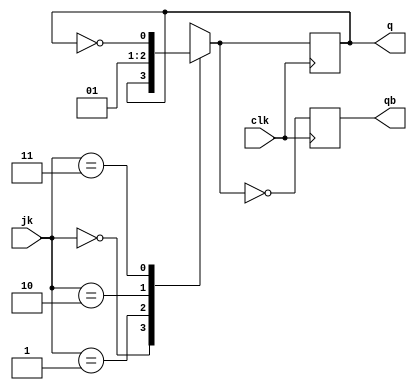
module JK_FF(jk , clk, q, qb);
	input[1:0]jk;
	input clk;
	output reg q=1'b0; //storage elemnts synthesized for sequential ciruit
	output reg qb;
	always@(posedge clk)
	begin
		case(jk)
			2'b00:q=q;  		//Q(n+1) = Qn , 0 , 1, (Qn)
			2'b01:q=1'b0;
			2'b10:q=1'b1;
			2'b11:q=~q;
		endcase
		qb=~q;
	end
endmodule

module test_jkflipf;
	reg[1:0]A;
	reg c;
	wire x,xb;
	JK_FF srff(A,c,x,xb);
	initial c=1'b0;
	always #5 c=~c;	//for every 5ns c is complemented forever
	initial
	begin
	          $dumpfile("program8.vcd"); //all variables of module dumped to jk_test1.vcd
	          $dumpvars(0,test_jkflipf);
	A=2'b00;#10;
	A=2'b01;#10;
	A=2'b10;#10;
	A=2'b11;
	#20 $finish;
	end 
endmodule